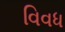
વિવધ